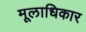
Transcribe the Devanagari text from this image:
मूलाधिकार